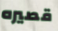
قصيره